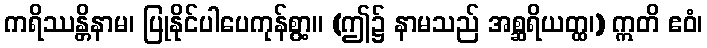
ကရိဿန္တိနာမ၊ ပြုနိုင်ပါပေကုန်စွာ့။ (ဤ၌ နာမသည် အစ္ဆရိယတ္ထ၊) ဣတိ ဧဝံ၊